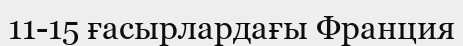
11-15 ғасырлардағы Франция